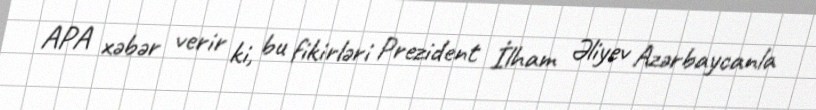
APA xəbər verir ki, bu fikirləri Prezident İlham Əliyev Azərbaycanla